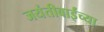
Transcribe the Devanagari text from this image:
जयंतीबाईंच्या